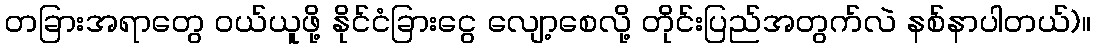
တခြားအရာတွေ ဝယ်ယူဖို့ နိုင်ငံခြားငွေ လျော့စေလို့ တိုင်းပြည်အတွက်လဲ နစ်နာပါတယ်)။